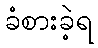
ခံစားခဲ့ရ